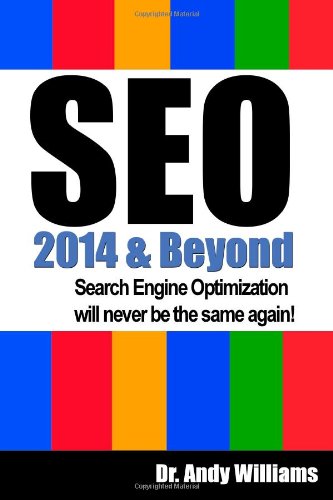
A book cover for SEO 2014 & Beyond: Search engine optimization will never be the same again!; Dr. Andy Williams; Computers & Technology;